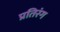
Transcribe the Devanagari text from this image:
प्रतिरंग